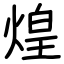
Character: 煌